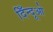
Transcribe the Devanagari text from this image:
दिँन्दूओ